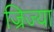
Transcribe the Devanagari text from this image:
ज्रिज्या